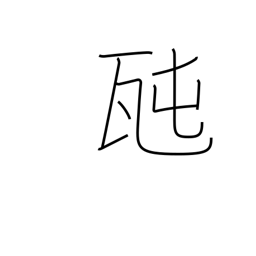
Meaning: tonne